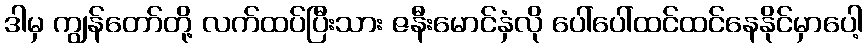
ဒါမှ ကျွန်တော်တို့ လက်ထပ်ပြီးသား ဇနီးမောင်နှံလို ပေါ်ပေါ်ထင်ထင်နေနိုင်မှာပေါ့